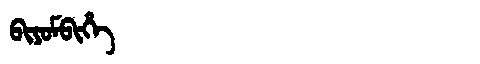
Manchu: ᠪᡳᠶᠣᠮᠪᡳᡥᡝ
Romanization: BIYOMBIHE